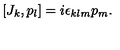
[ J _ { k } , p _ { l } ] = i \epsilon _ { k l m } p _ { m } .